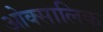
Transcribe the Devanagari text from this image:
ओक्सालिक